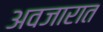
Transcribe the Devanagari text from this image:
अवजारात